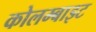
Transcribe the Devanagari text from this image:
कोलम्बाइट